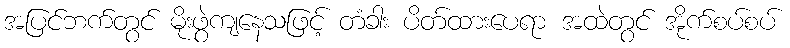
အပြင်ဘက်တွင် မိုးဖွဲကျနေသဖြင့် တံခါး ပိတ်ထားပေရာ အထဲတွင် အိုက်စပ်စပ်